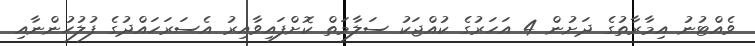
ވެއްޓުނު އިމާރާތުގެ ދަށުން 4 އަހަރުގެ ކުއްޖަކު ސަލާމަތް ކޮށްފައިވާއިރު އެސަރަހައްދުގެ ފުލުހުންނާއި